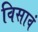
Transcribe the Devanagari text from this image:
विसावं